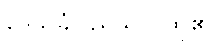
ဒေသခံပြည်သူလူထု၏